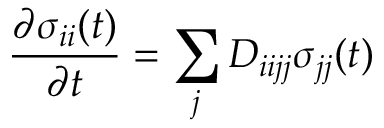
\frac { \partial \sigma _ { i i } ( t ) } { \partial t } = \sum _ { j } D _ { i i j j } \sigma _ { j j } ( t )